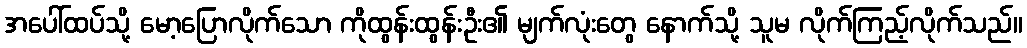
အပေါ်ထပ်သို့ မော့ပြောလိုက်သော ကိုထွန်းထွန်းဦး၏ မျက်လုံးတွေ နောက်သို့ သူမ လိုက်ကြည့်လိုက်သည်။